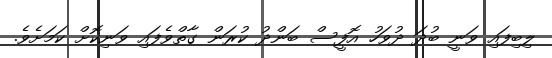
ލިބިފައި ވަނީ ބުދަ ދުވަހު އޮފީސް ބަންދު ކުރަން ގާތްވެފައި ވަނިކޮށް ކަމަށެވެ.